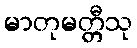
မာတုမတ္တီသု